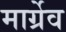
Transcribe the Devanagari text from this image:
मार्ग्रेव